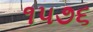
૧૫૭૬